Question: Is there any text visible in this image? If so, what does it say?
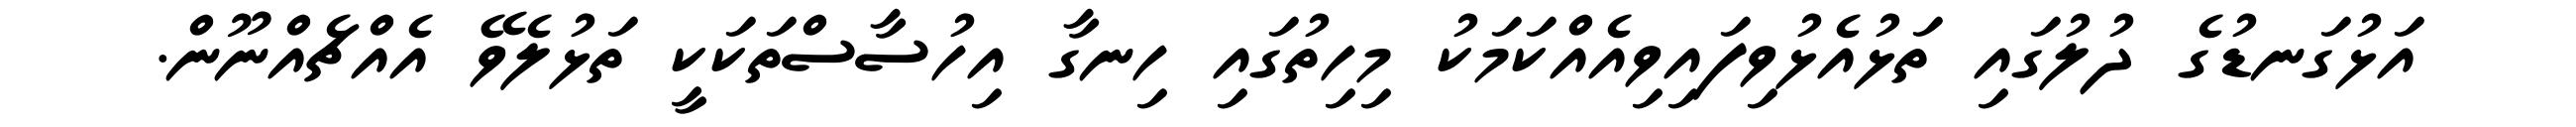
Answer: އަޅުގަނޑުގެ ދުލުގައި ތަޅުއެޅުވިފައިވިއެއްކަމަކު މިހިތުގައި ހިނގާ އިހުސާސްތަކަކީ ތަޅުލެވޭ އެއްޗެއްނޫން.